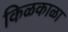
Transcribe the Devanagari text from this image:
किळकाळा